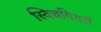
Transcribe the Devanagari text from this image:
स्विचगियरों